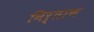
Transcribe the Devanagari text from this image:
निर्ताण